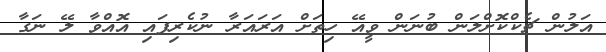
އަލުން ޗެކްކޮށްލަން ބުނަން ވީއޭ ހިތަށް އަރައަރާ ނުކެރިފައި އޮއްވާ ލޭ ނަގާ